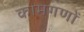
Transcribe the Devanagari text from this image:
कामगणों